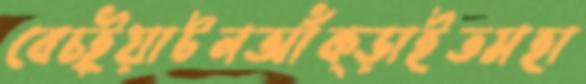
বেচ্ইয়াটনআঁক্‌ড়াইতমহা